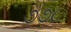
૭૭૮